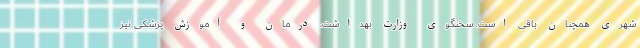
شهری همچنان باقی است. سخنگوی وزارت بهداشت، درمان و آموزش پزشکی نیز